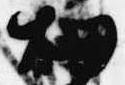
畑